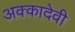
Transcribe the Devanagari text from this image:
अक्कादेवी